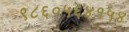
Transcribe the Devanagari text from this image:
९८६०५६४१५४